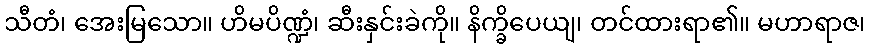
သီတံ၊ အေးမြသော။ ဟိမပိဏ္ဍံ၊ ဆီးနှင်းခဲကို။ နိက္ခိပေယျ၊ တင်ထားရာ၏။ မဟာရာဇ၊